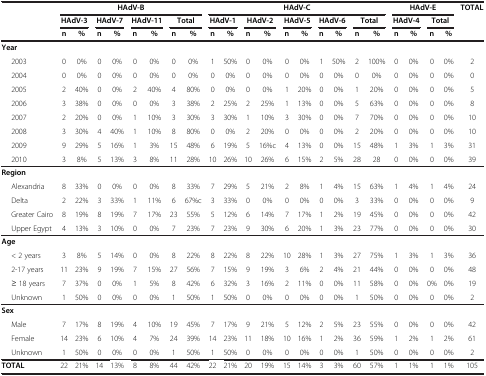
<table><thead><tr><td><b> </b></td><td colspan="8"><b>HAdV-B</b></td><td colspan="10"><b>HAdV-C</b></td><td colspan="4"><b>HAdV-E</b></td><td><b>TOTAL</b></td></tr><tr><td><b> </b></td><td colspan="2"><b>HAdV-3</b></td><td colspan="2"><b>HAdV-7</b></td><td colspan="2"><b>HAdV-11</b></td><td colspan="2"><b>Total</b></td><td colspan="2"><b>HAdV-1</b></td><td colspan="2"><b>HAdV-2</b></td><td colspan="2"><b>HAdV-5</b></td><td colspan="2"><b>HAdV-6</b></td><td colspan="2"><b>Total</b></td><td colspan="2"><b>HAdV-4</b></td><td colspan="2"><b>Total</b></td><td><b> </b></td></tr><tr><td><b> </b></td><td><b>n</b></td><td><b>%</b></td><td><b>n</b></td><td><b>%</b></td><td><b>n</b></td><td><b>%</b></td><td><b>n</b></td><td><b>%</b></td><td><b>n</b></td><td><b>%</b></td><td><b>n</b></td><td><b>%</b></td><td><b>n</b></td><td><b>%</b></td><td><b>n</b></td><td><b>%</b></td><td><b>n</b></td><td><b>%</b></td><td><b>n</b></td><td><b>%</b></td><td><b>n</b></td><td><b>%</b></td><td><b> </b></td></tr></thead><tbody><tr><td><b>Year</b></td><td colspan="8"> </td><td colspan="10"> </td><td colspan="4"> </td><td> </td></tr><tr><td>2003</td><td>0</td><td>0%</td><td>0</td><td>0%</td><td>0</td><td>0%</td><td>0</td><td>0%</td><td>1</td><td>50%</td><td>0</td><td>0%</td><td>0</td><td>0%</td><td>1</td><td>50%</td><td>2</td><td>100%</td><td>0</td><td>0%</td><td>0</td><td>0%</td><td>2</td></tr><tr><td>2004</td><td>0</td><td>0%</td><td>0</td><td>0%</td><td>0</td><td>0%</td><td>0</td><td>0%</td><td>0</td><td>0%</td><td>0</td><td>0%</td><td>0</td><td>0%</td><td>0</td><td>0%</td><td>0</td><td>0%</td><td>0</td><td>0%</td><td>0</td><td>0%</td><td>0</td></tr><tr><td>2005</td><td>2</td><td>40%</td><td>0</td><td>0%</td><td>2</td><td>40%</td><td>4</td><td>80%</td><td>0</td><td>0%</td><td>0</td><td>0%</td><td>1</td><td>20%</td><td>0</td><td>0%</td><td>1</td><td>20%</td><td>0</td><td>0%</td><td>0</td><td>0%</td><td>5</td></tr><tr><td>2006</td><td>3</td><td>38%</td><td>0</td><td>0%</td><td>0</td><td>0%</td><td>3</td><td>38%</td><td>2</td><td>25%</td><td>2</td><td>25%</td><td>1</td><td>13%</td><td>0</td><td>0%</td><td>5</td><td>63%</td><td>0</td><td>0%</td><td>0</td><td>0%</td><td>8</td></tr><tr><td>2007</td><td>2</td><td>20%</td><td>0</td><td>0%</td><td>1</td><td>10%</td><td>3</td><td>30%</td><td>3</td><td>30%</td><td>1</td><td>10%</td><td>3</td><td>30%</td><td>0</td><td>0%</td><td>7</td><td>70%</td><td>0</td><td>0%</td><td>0</td><td>0%</td><td>10</td></tr><tr><td>2008</td><td>3</td><td>30%</td><td>4</td><td>40%</td><td>1</td><td>10%</td><td>8</td><td>80%</td><td>0</td><td>0%</td><td>2</td><td>20%</td><td>0</td><td>0%</td><td>0</td><td>0%</td><td>2</td><td>20%</td><td>0</td><td>0%</td><td>0</td><td>0%</td><td>10</td></tr><tr><td>2009</td><td>9</td><td>29%</td><td>5</td><td>16%</td><td>1</td><td>3%</td><td>15</td><td>48%</td><td>6</td><td>19%</td><td>5</td><td>16%c</td><td>4</td><td>13%</td><td>0</td><td>0%</td><td>15</td><td>48%</td><td>1</td><td>3%</td><td>1</td><td>3%</td><td>31</td></tr><tr><td>2010</td><td>3</td><td>8%</td><td>5</td><td>13%</td><td>3</td><td>8%</td><td>11</td><td>28%</td><td>10</td><td>26%</td><td>10</td><td>26%</td><td>6</td><td>15%</td><td>2</td><td>5%</td><td>28</td><td>28</td><td>0</td><td>0%</td><td>0</td><td>0%</td><td>39</td></tr><tr><td><b>Region</b></td><td colspan="8"> </td><td colspan="10"> </td><td colspan="4"> </td><td> </td></tr><tr><td>Alexandria</td><td>8</td><td>33%</td><td>0</td><td>0%</td><td>0</td><td>0%</td><td>8</td><td>33%</td><td>7</td><td>29%</td><td>5</td><td>21%</td><td>2</td><td>8%</td><td>1</td><td>4%</td><td>15</td><td>63%</td><td>1</td><td>4%</td><td>1</td><td>4%</td><td>24</td></tr><tr><td>Delta</td><td>2</td><td>22%</td><td>3</td><td>33%</td><td>1</td><td>11%</td><td>6</td><td>67%c</td><td>3</td><td>33%</td><td>0</td><td>0%</td><td>0</td><td>0%</td><td>0</td><td>0%</td><td>3</td><td>33%</td><td>0</td><td>0%</td><td>0</td><td>0%</td><td>9</td></tr><tr><td>Greater Cairo</td><td>8</td><td>19%</td><td>8</td><td>19%</td><td>7</td><td>17%</td><td>23</td><td>55%</td><td>5</td><td>12%</td><td>6</td><td>14%</td><td>7</td><td>17%</td><td>1</td><td>2%</td><td>19</td><td>45%</td><td>0</td><td>0%</td><td>0</td><td>0%</td><td>42</td></tr><tr><td>Upper Egypt</td><td>4</td><td>13%</td><td>3</td><td>10%</td><td>0</td><td>0%</td><td>7</td><td>23%</td><td>7</td><td>23%</td><td>9</td><td>30%</td><td>6</td><td>20%</td><td>1</td><td>3%</td><td>23</td><td>77%</td><td>0</td><td>0%</td><td>0</td><td>0%</td><td>30</td></tr><tr><td><b>Age</b></td><td colspan="8"> </td><td colspan="10"> </td><td colspan="4"> </td><td> </td></tr><tr><td>&lt; 2 years</td><td>3</td><td>8%</td><td>5</td><td>14%</td><td>0</td><td>0%</td><td>8</td><td>22%</td><td>8</td><td>22%</td><td>8</td><td>22%</td><td>10</td><td>28%</td><td>1</td><td>3%</td><td>27</td><td>75%</td><td>1</td><td>3%</td><td>1</td><td>3%</td><td>36</td></tr><tr><td>2-17 years</td><td>11</td><td>23%</td><td>9</td><td>19%</td><td>7</td><td>15%</td><td>27</td><td>56%</td><td>7</td><td>15%</td><td>9</td><td>19%</td><td>3</td><td>6%</td><td>2</td><td>4%</td><td>21</td><td>44%</td><td>0</td><td>0%</td><td>0</td><td>0%</td><td>48</td></tr><tr><td>≥ 18 years</td><td>7</td><td>37%</td><td>0</td><td>0%</td><td>1</td><td>5%</td><td>8</td><td>42%</td><td>6</td><td>32%</td><td>3</td><td>16%</td><td>2</td><td>11%</td><td>0</td><td>0%</td><td>11</td><td>58%</td><td>0</td><td>0%</td><td>0%</td><td>0%</td><td>19</td></tr><tr><td>Unknown</td><td>1</td><td>50%</td><td>0</td><td>0%</td><td>0</td><td>0%</td><td>1</td><td>50%</td><td>1</td><td>50%</td><td>0</td><td>0%</td><td>0</td><td>0%</td><td>0</td><td>0%</td><td>1</td><td>50%</td><td>0</td><td>0%</td><td>0</td><td>0%</td><td>2</td></tr><tr><td><b>Sex</b></td><td colspan="8"> </td><td colspan="10"> </td><td colspan="4"> </td><td> </td></tr><tr><td>Male</td><td>7</td><td>17%</td><td>8</td><td>19%</td><td>4</td><td>10%</td><td>19</td><td>45%</td><td>7</td><td>17%</td><td>9</td><td>21%</td><td>5</td><td>12%</td><td>2</td><td>5%</td><td>23</td><td>55%</td><td>0</td><td>0%</td><td>0</td><td>0%</td><td>42</td></tr><tr><td>Female</td><td>14</td><td>23%</td><td>6</td><td>10%</td><td>4</td><td>7%</td><td>24</td><td>39%</td><td>14</td><td>23%</td><td>11</td><td>18%</td><td>10</td><td>16%</td><td>1</td><td>2%</td><td>36</td><td>59%</td><td>1</td><td>2%</td><td>1</td><td>2%</td><td>61</td></tr><tr><td>Unknown</td><td>1</td><td>50%</td><td>0</td><td>0%</td><td>0</td><td>0%</td><td>1</td><td>50%</td><td>1</td><td>50%</td><td>0</td><td>0%</td><td>0</td><td>0%</td><td>0</td><td>0%</td><td>1</td><td>50%</td><td>0</td><td>0%</td><td>0</td><td>0%</td><td>2</td></tr><tr><td><b>TOTAL</b></td><td>22</td><td>21%</td><td>14</td><td>13%</td><td>8</td><td>8%</td><td>44</td><td>42%</td><td>22</td><td>21%</td><td>20</td><td>19%</td><td>15</td><td>14%</td><td>3</td><td>3%</td><td>60</td><td>57%</td><td>1</td><td>1%</td><td>1</td><td>1%</td><td>105</td></tr></tbody></table>